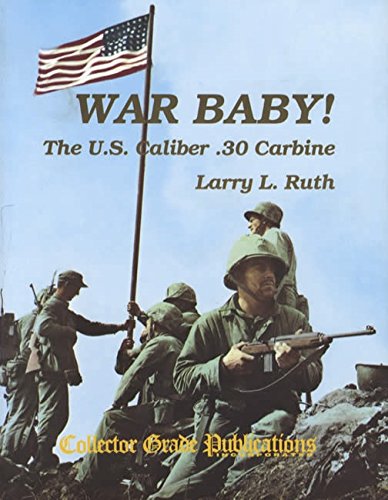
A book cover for War Baby! The U.S. Caliber .30 Carbine, Vol. 1; Larry L. Ruth; Crafts, Hobbies & Home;